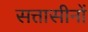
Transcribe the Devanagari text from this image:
सत्तासीनों